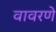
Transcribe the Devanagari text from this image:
वावरणे